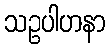
သဥပါဟနာ